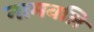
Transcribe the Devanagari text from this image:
नामवलि